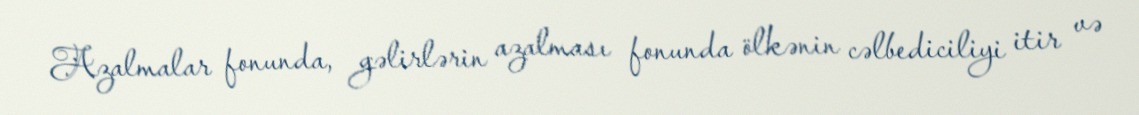
Azalmalar fonunda, gəlirlərin azalması fonunda ölkənin cəlbediciliyi itir və